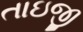
તાઇજી